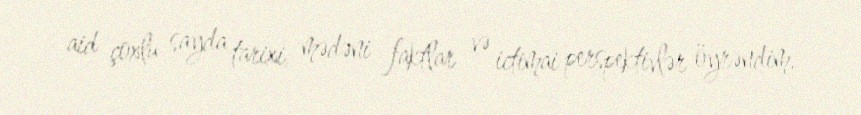
aid çoxlu sayda tarixi, mədəni faktlar və ictimai perspektivlər öyrəndim.